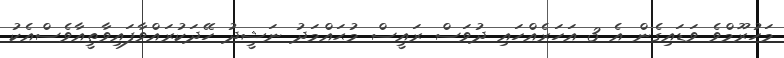
މަހުރޫމްވެ ވަޑައިގެން އެ 3 އަހަރެއްހައި ދުވަސް ރައީސް މުޙައްމަދު ނަޝީދު ހޭދަކުރައްވާފައިވާތީއާވެސްއެކު